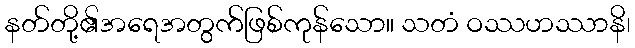
နတ်တို့၏အရေအတွက်ဖြစ်ကုန်သော။ သတံ ဝဿဟဿာနိ၊